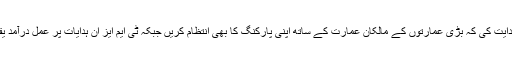
انہوںنے ہدایت کی کہ بڑی عمارتوں کے مالکان عمارت کے ساتھ اپنی پارکنگ کا بھی انتظام کریں جبکہ ٹی ایم ایز ان ہدایات پر عمل درآمد یقینی بنائیں۔